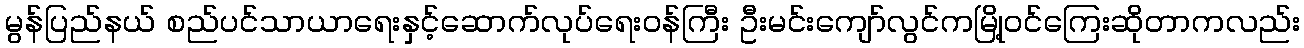
မွန်ပြည်နယ် စည်ပင်သာယာရေးနှင့်ဆောက်လုပ်ရေးဝန်ကြီး ဦးမင်းကျော်လွင်ကမြို့ဝင်ကြေးဆိုတာကလည်း